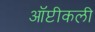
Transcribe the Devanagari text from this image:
ऑप्टीकली